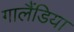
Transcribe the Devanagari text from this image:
गालैंडिया